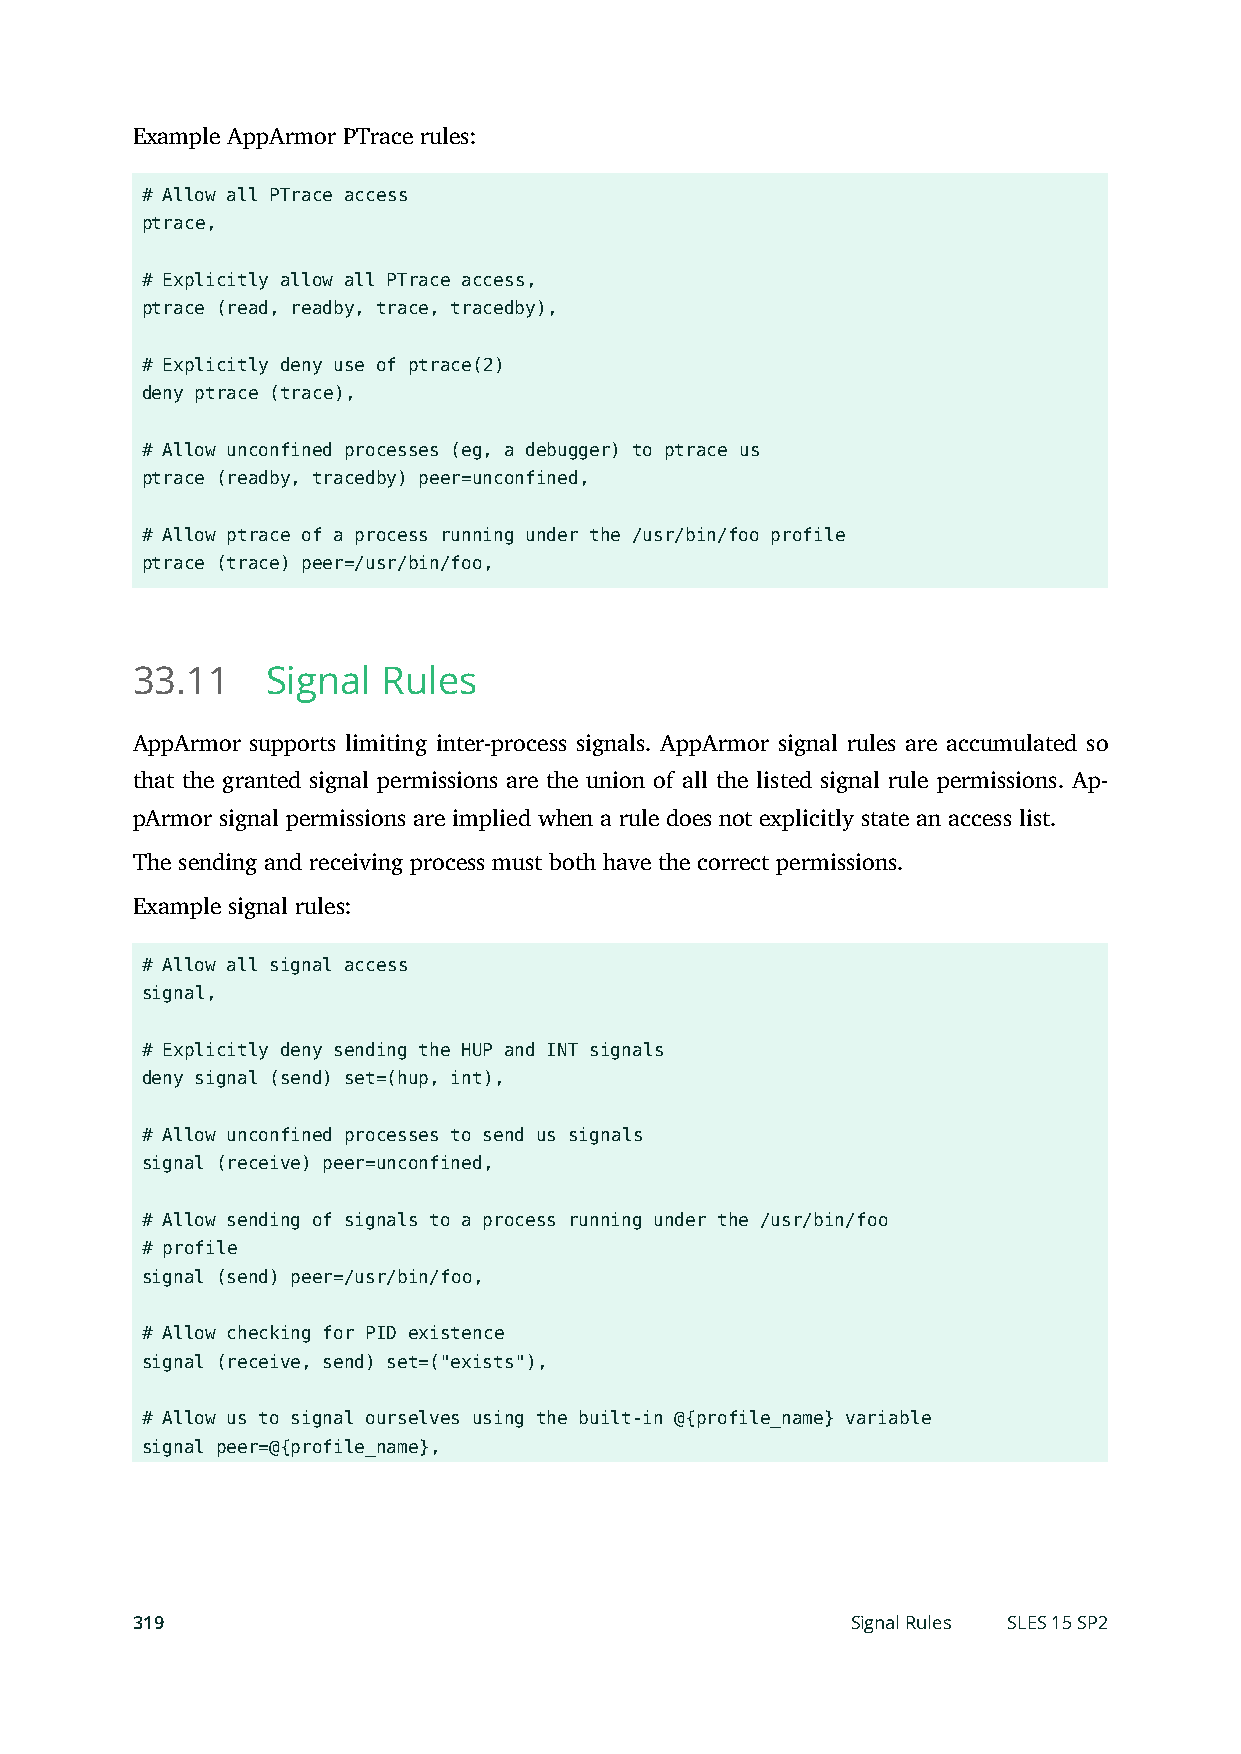
Example AppArmor PTrace rules:
 # Allow all PTrace access
 ptrace,
 # Explicitly allow all PTrace access,
 ptrace (read, readby, trace, tracedby),
 # Explicitly deny use of ptrace(2)
 deny ptrace (trace),
 # Allow unconfined processes (eg, a debugger) to ptrace us
 ptrace (readby, tracedby) peer=unconfined,
 # Allow ptrace of a process running under the /usr/bin/foo profile
 ptrace (trace) peer=/usr/bin/foo,
 33.11    Signal Rules
 AppArmor supports limiting inter-process signals. AppArmor signal rules are accumulated so
 that the granted signal permissions are the union of all the listed signal rule permissions. Ap-
 pArmor signal permissions are implied when a rule does not explicitly state an access list.
 The sending and receiving process must both have the correct permissions.
 Example signal rules:
 # Allow all signal access
 signal,
 # Explicitly deny sending the HUP and INT signals
 deny signal (send) set=(hup, int),
 # Allow unconfined processes to send us signals
 signal (receive) peer=unconfined,
 # Allow sending of signals to a process running under the /usr/bin/foo
 # profile
 signal (send) peer=/usr/bin/foo,
 # Allow checking for PID existence
 signal (receive, send) set=("exists"),
 # Allow us to signal ourselves using the built-in @{profile_name} variable
 signal peer=@{profile_name},
 319                                            Signal Rules SLES 15 SP2